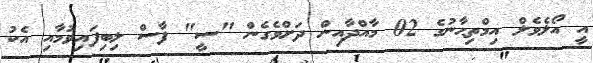
އީ އޯލެވެލް އިމްތިޙާނުގެ 02 މާއްދާއިން ދަށްވެގެން "ސީ" ފާސް ލިބިފައިވުމާއި އެކު